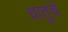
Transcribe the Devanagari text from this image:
धातुंचें